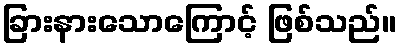
ခြားနားသောကြောင့် ဖြစ်သည်။